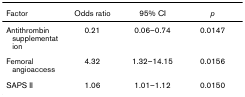
<table><thead><tr><td><b>Factor</b></td><td><b>Odds ratio</b></td><td><b>95% CI</b></td><td><b><i>p</i></b></td></tr></thead><tbody><tr><td>Antithrombin supplementation</td><td>0.21</td><td>0.06–0.74</td><td>0.0147</td></tr><tr><td>Femoral angioaccess</td><td>4.32</td><td>1.32–14.15</td><td>0.0156</td></tr><tr><td>SAPS II</td><td>1.06</td><td>1.01–1.12</td><td>0.0150</td></tr></tbody></table>